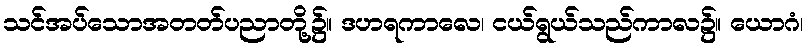
သင်အပ်သောအတတ်ပညာတို့၌။ ဒဟရကာလေ၊ ငယ်ရွယ်သည်ကာလ၌။ ယောဂံ၊